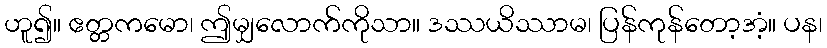
ဟူ၍။ ဧတ္တကမော၊ ဤမျှလောက်ကိုသာ။ ဒဿယိဿာမ၊ ပြန်ကုန်တော့အံ့။ ပန၊